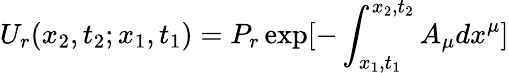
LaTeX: U_{r}(x_{2},t_{2};x_{1},t_{1})=P_{r}\exp[-\int_{x_{1},t_{1}}^{x_{2},t_{2}}A_{\mu}dx^{\mu}]